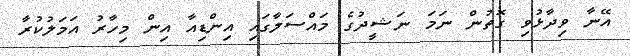
އޭނާ ވިދާޅުވި ގޮތުން ނަމަ ނަޝީދުގެ މައްސަލާގައި އިންޑިއާ އިން މިހާރު އަމަލުކުރާ